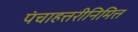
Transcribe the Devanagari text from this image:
पंचाहत्तरीनिमित्त